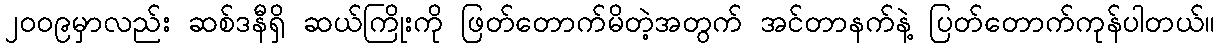
၂၀၀၉မှာလည်း ဆစ်ဒနီရှိ ဆယ်ကြိုးကို ဖြတ်တောက်မိတဲ့အတွက် အင်တာနက်နဲ့ ပြတ်တောက်ကုန်ပါတယ်။